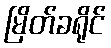
မြိတ်ခရိုင်